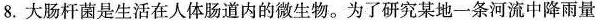
8.大肠杆菌是生活在人体肠道内的微生物。为了研究某地一条河流中降雨量